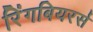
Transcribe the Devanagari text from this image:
रिंगबियरर्स